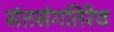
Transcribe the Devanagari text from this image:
संतसंगतिरेव